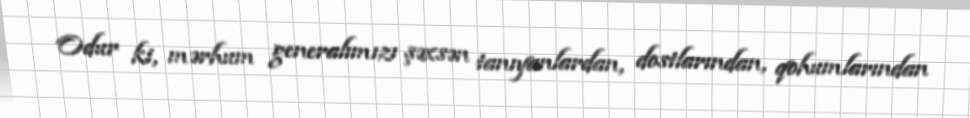
Odur ki, mərhum generalımızı şəxsən tanıyanlardan, dostlarından, qohumlarından